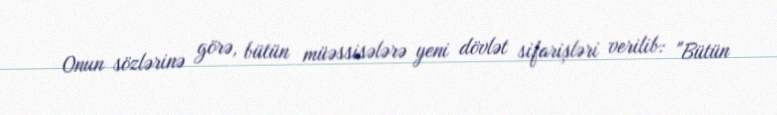
Onun sözlərinə görə, bütün müəssisələrə yeni dövlət sifarişləri verilib: "Bütün